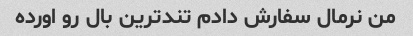
من نرمال سفارش دادم تند‌ترین بال رو اورده